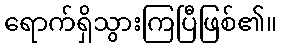
ရောက်ရှိသွားကြပြီဖြစ်၏။